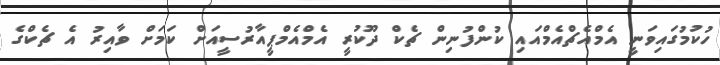
ހުކުމުގައިވަނީ އެމްއެޗްއެމްއައި ކުންފުނިން ޗެކް ދޫކުރީ އެމްއެމްޕީއާރުސީއަށް ކަމަށް ވާއިރު އެ ޗެކްގެ